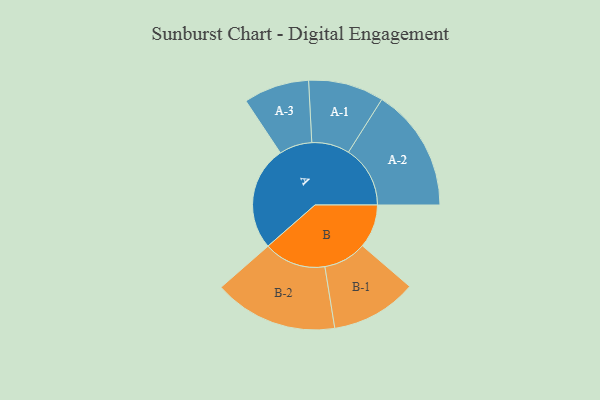
{"axis": {"x": "Segment", "y": "Value"}, "legend": ["", "A", "B"], "data": [{"x": "A", "y": 379, "type": ""}, {"x": "B", "y": 158, "type": ""}, {"x": "A-1", "y": 137, "type": "A"}, {"x": "A-2", "y": 224, "type": "A"}, {"x": "A-3", "y": 119, "type": "A"}, {"x": "B-1", "y": 156, "type": "B"}, {"x": "B-2", "y": 225, "type": "B"}]}